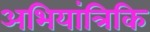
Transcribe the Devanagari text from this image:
अभियांत्रिकि